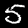
Label: 5